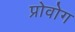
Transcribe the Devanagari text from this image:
प्रोवोग